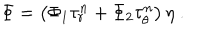
\Phi = \left( \Phi _ { 1 } \tau _ { r } ^ { n } + \Phi _ { 2 } \tau _ { \theta } ^ { n } \right) \eta \ .